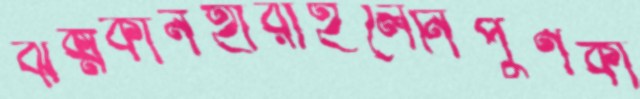
ঝক্‌মকানহারাইলেনিপুণকা